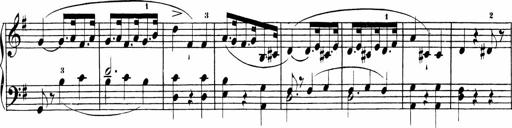
Title: Sonatinas
Composer: Andrew Violette